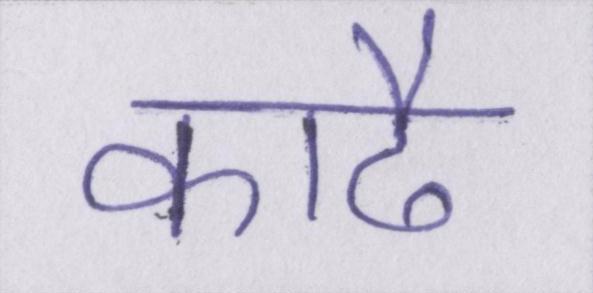
काढै